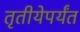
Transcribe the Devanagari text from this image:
तृतीयेपर्यंत